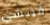
فينشي